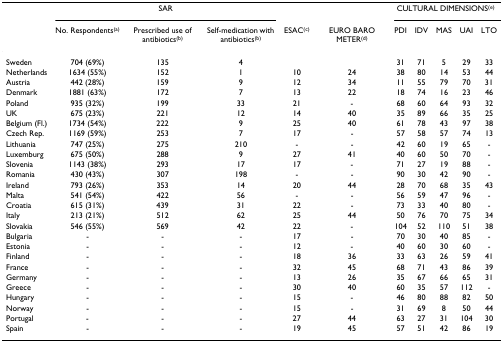
<table><thead><tr><td></td><td colspan="3"><b>SAR</b></td><td></td><td></td><td colspan="5"><b>CULTURAL DIMENSIONS<sup>(e)</sup></b></td></tr><tr><td></td><td><b>No. Respondents<sup>(a)</sup></b></td><td><b>Prescribed use of antibiotics<sup>(b)</sup></b></td><td><b>Self-medication with antibiotics<sup>(b)</sup></b></td><td><b>ESAC<sup>(c)</sup></b></td><td><b>EURO BARO METER<sup>(d)</sup></b></td><td><b>PDI</b></td><td><b>IDV</b></td><td><b>MAS</b></td><td><b>UAI</b></td><td><b>LTO</b></td></tr></thead><tbody><tr><td>Sweden</td><td>704 (69%)</td><td>135</td><td>4</td><td></td><td></td><td>31</td><td>71</td><td>5</td><td>29</td><td>33</td></tr><tr><td>Netherlands</td><td>1634 (55%)</td><td>152</td><td>1</td><td>10</td><td>24</td><td>38</td><td>80</td><td>14</td><td>53</td><td>44</td></tr><tr><td>Austria</td><td>442 (28%)</td><td>159</td><td>9</td><td>12</td><td>34</td><td>11</td><td>55</td><td>79</td><td>70</td><td>31</td></tr><tr><td>Denmark</td><td>1881 (63%)</td><td>172</td><td>7</td><td>13</td><td>22</td><td>18</td><td>74</td><td>16</td><td>23</td><td>46</td></tr><tr><td>Poland</td><td>935 (32%)</td><td>199</td><td>33</td><td>21</td><td>-</td><td>68</td><td>60</td><td>64</td><td>93</td><td>32</td></tr><tr><td>UK</td><td>675 (23%)</td><td>221</td><td>12</td><td>14</td><td>40</td><td>35</td><td>89</td><td>66</td><td>35</td><td>25</td></tr><tr><td>Belgium (Fl.)</td><td>1734 (54%)</td><td>222</td><td>9</td><td>25</td><td>40</td><td>61</td><td>78</td><td>43</td><td>97</td><td>38</td></tr><tr><td>Czech Rep.</td><td>1169 (59%)</td><td>253</td><td>7</td><td>17</td><td>-</td><td>57</td><td>58</td><td>57</td><td>74</td><td>13</td></tr><tr><td>Lithuania</td><td>747 (25%)</td><td>275</td><td>210</td><td>-</td><td>-</td><td>42</td><td>60</td><td>19</td><td>65</td><td>-</td></tr><tr><td>Luxemburg</td><td>675 (50%)</td><td>288</td><td>9</td><td>27</td><td>41</td><td>40</td><td>60</td><td>50</td><td>70</td><td>-</td></tr><tr><td>Slovenia</td><td>1143 (38%)</td><td>293</td><td>17</td><td>17</td><td>-</td><td>71</td><td>27</td><td>19</td><td>88</td><td>-</td></tr><tr><td>Romania</td><td>430 (43%)</td><td>307</td><td>198</td><td>-</td><td>-</td><td>90</td><td>30</td><td>42</td><td>90</td><td>-</td></tr><tr><td>Ireland</td><td>793 (26%)</td><td>353</td><td>14</td><td>20</td><td>44</td><td>28</td><td>70</td><td>68</td><td>35</td><td>43</td></tr><tr><td>Malta</td><td>541 (54%)</td><td>422</td><td>56</td><td>-</td><td>-</td><td>56</td><td>59</td><td>47</td><td>96</td><td>-</td></tr><tr><td>Croatia</td><td>615 (31%)</td><td>439</td><td>31</td><td>22</td><td>-</td><td>73</td><td>33</td><td>40</td><td>80</td><td>-</td></tr><tr><td>Italy</td><td>213 (21%)</td><td>512</td><td>62</td><td>25</td><td>44</td><td>50</td><td>76</td><td>70</td><td>75</td><td>34</td></tr><tr><td>Slovakia</td><td>546 (55%)</td><td>569</td><td>42</td><td>22</td><td>-</td><td>104</td><td>52</td><td>110</td><td>51</td><td>38</td></tr><tr><td>Bulgaria</td><td>-</td><td>-</td><td>-</td><td>17</td><td>-</td><td>70</td><td>30</td><td>40</td><td>85</td><td>-</td></tr><tr><td>Estonia</td><td>-</td><td>-</td><td>-</td><td>12</td><td>-</td><td>40</td><td>60</td><td>30</td><td>60</td><td>-</td></tr><tr><td>Finland</td><td>-</td><td>-</td><td>-</td><td>18</td><td>36</td><td>33</td><td>63</td><td>26</td><td>59</td><td>41</td></tr><tr><td>France</td><td>-</td><td>-</td><td>-</td><td>32</td><td>45</td><td>68</td><td>71</td><td>43</td><td>86</td><td>39</td></tr><tr><td>Germany</td><td>-</td><td>-</td><td>-</td><td>13</td><td>26</td><td>35</td><td>67</td><td>66</td><td>65</td><td>31</td></tr><tr><td>Greece</td><td>-</td><td>-</td><td>-</td><td>30</td><td>40</td><td>60</td><td>35</td><td>57</td><td>112</td><td>-</td></tr><tr><td>Hungary</td><td>-</td><td>-</td><td>-</td><td>15</td><td>-</td><td>46</td><td>80</td><td>88</td><td>82</td><td>50</td></tr><tr><td>Norway</td><td>-</td><td>-</td><td>-</td><td>15</td><td>-</td><td>31</td><td>69</td><td>8</td><td>50</td><td>44</td></tr><tr><td>Portugal</td><td>-</td><td>-</td><td>-</td><td>27</td><td>44</td><td>63</td><td>27</td><td>31</td><td>104</td><td>30</td></tr><tr><td>Spain</td><td>-</td><td>-</td><td>-</td><td>19</td><td>45</td><td>57</td><td>51</td><td>42</td><td>86</td><td>19</td></tr></tbody></table>